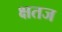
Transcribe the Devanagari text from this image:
क्षतज